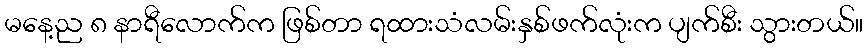
မနေ့ည ၈ နာရီလောက်က ဖြစ်တာ ရထားသံလမ်းနှစ်ဖက်လုံးက ပျက်စီး သွားတယ်။